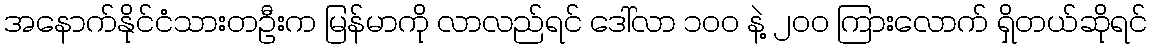
အနောက်နိုင်ငံသားတဦးက မြန်မာကို လာလည်ရင် ဒေါ်လာ ၁၀၀ နဲ့ ၂၀၀ ကြားလောက် ရှိတယ်ဆိုရင်